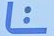
F